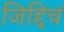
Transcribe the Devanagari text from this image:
जिद्दिचं